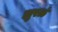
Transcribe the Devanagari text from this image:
झुरळं